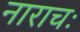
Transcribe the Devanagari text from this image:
नाराचः